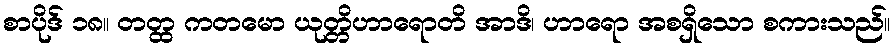
စာပိုဒ် ၁၈။ တတ္ထ ကတမော ယုတ္တိဟာရောတိ အာဒိ၊ ဟာရော အစရှိသော စကားသည်။